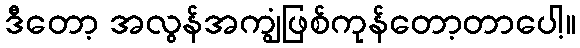
ဒီတော့ အလွန်အကျွံဖြစ်ကုန်တော့တာပေါ့။